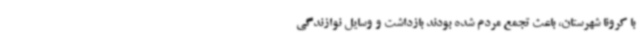
با کرونا شهرستان، باعث تجمع مردم شده بودند بازداشت و وسایل نوازندگی